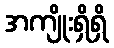
အကျိုးရှိရှိ